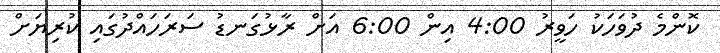
ކޮންމެ ދުވަހަކު ހަވީރު 4:00 އިން 6:00 އަށް ރާޅުގަނޑު ސަރަހައްދުގައި ކުރިޔަށް